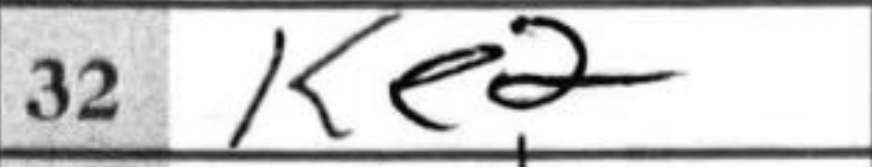
Transcription: Ke2